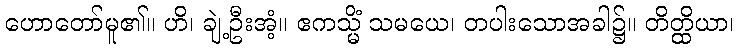
ဟောတော်မူ၏။ ဟိ၊ ချဲ့ဦးအံ့။ ဧကသ္မိံ သမယေ၊ တပါးသောအခါ၌။ တိတ္ထိယာ၊